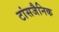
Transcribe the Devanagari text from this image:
टांसजैनिक